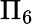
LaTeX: \Pi_{6}